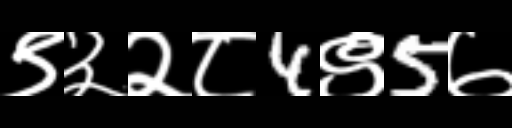
Text: ९३२८4९5७